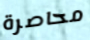
محاصرة